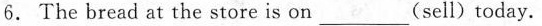
6.The bread at the store is on ___